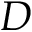
D